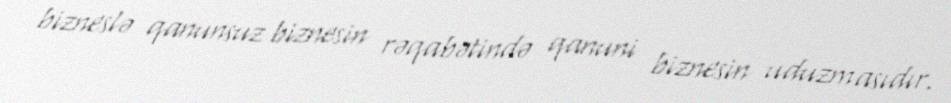
bizneslə qanunsuz biznesin rəqabətində qanuni biznesin uduzmasıdır.